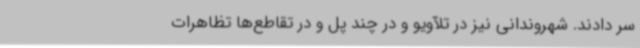
سر دادند. شهروندانی نیز در تلآویو و در چند پل و در تقاطع‌ها تظاهرات